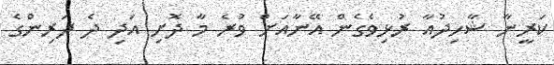
ކަރީނާ ޝާހިދުއާ ރުޅިވެގެން އޭނާއަށް ވުރެ މާ ދޮށި އަދި ދެ ދަރިންގެ